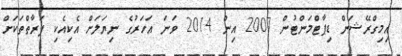
އިމިގްރޭޝަން ޑިޕާޓްމަންޓުން 2007 އިން 2014 ވަނަ އަހަރުގެ ނިޔަލަށް އެކިއެކި ފަރާތްތަކަށް